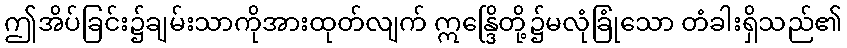
ဤအိပ်ခြင်း၌ချမ်းသာကိုအားထုတ်လျက် ဣန္ဒြေိတို့၌မလုံခြုံသော တံခါးရှိသည်၏